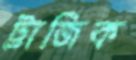
ট্রাজিক